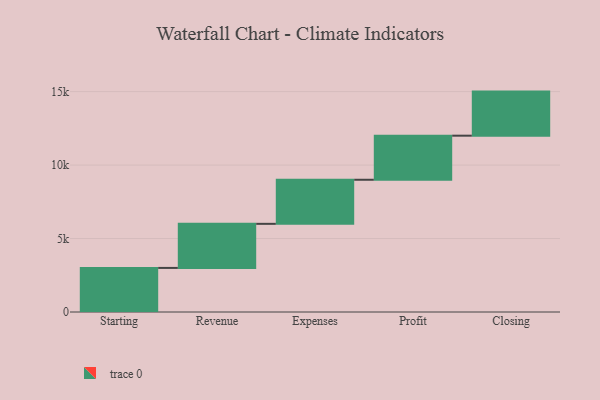
{"axis": {"x": "Step", "y": "Value"}, "legend": [""], "data": [{"x": "Starting", "y": 3000, "type": ""}, {"x": "Revenue", "y": 3000, "type": ""}, {"x": "Expenses", "y": 3000, "type": ""}, {"x": "Profit", "y": 3000, "type": ""}, {"x": "Closing", "y": 3000, "type": ""}]}